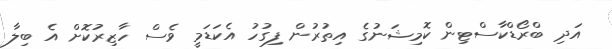
އަދި ބްރޯޑްކާސްޓިން ކޮމިޝަނުގެ އިތުރުން ފިގުހު އެކަޑަމީ ވެސް ހާޒިރުކޮށް އެ ބިލާ